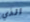
الذي